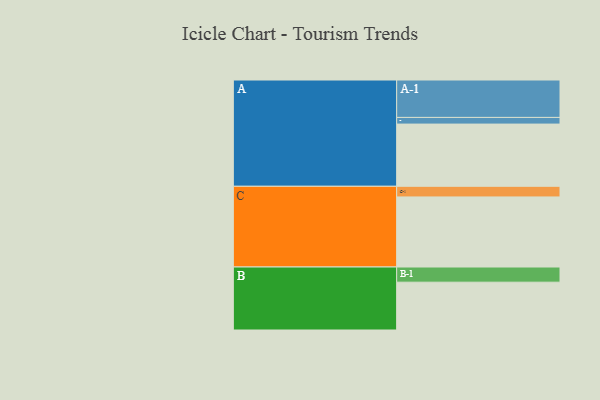
{"axis": {"x": "Segment", "y": "Value"}, "legend": ["", "A", "B", "C"], "data": [{"x": "A", "y": 467, "type": ""}, {"x": "B", "y": 359, "type": ""}, {"x": "C", "y": 526, "type": ""}, {"x": "A-1", "y": 281, "type": "A"}, {"x": "A-2", "y": 50, "type": "A"}, {"x": "B-1", "y": 114, "type": "B"}, {"x": "C-1", "y": 80, "type": "C"}]}